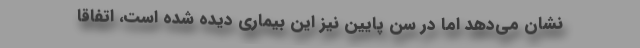
نشان می‌دهد اما در سن پایین نیز این بیماری دیده شده است، اتفاقاً